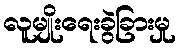
လူမျိုးရေးခွဲခြားမှု